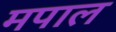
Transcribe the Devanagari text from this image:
मपाल